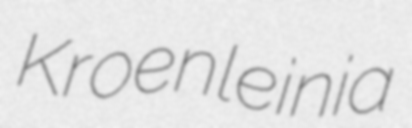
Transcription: Kroenleinia